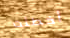
أخطئت